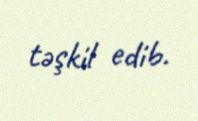
təşkil edib.